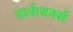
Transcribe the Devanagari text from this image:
डार्कवर्क्स